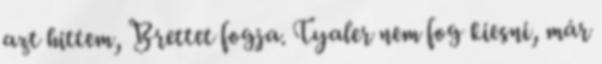
azt hittem, Brettet fogja. Tyaler nem fog kiesni, már